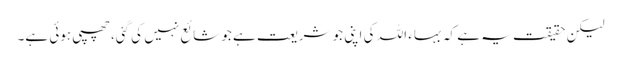
لیکن حقیقت یہ ہے کہ بہاء اللہ کی اپنی جو شریعت ہے جو شائع نہیں کی گئی، چھپی ہوئی ہے۔